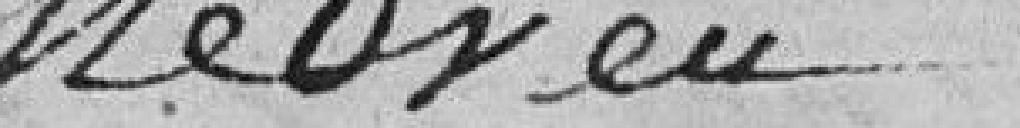
neveu